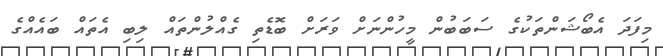
މިފަދަ އެބޯޝަންތަކުގެ ސަބަބުން މީހުންނަށް ވަރަށް ބޮޑެތި ގެއްލުންތައް ލިބި އެތައް ބައެއްގެ